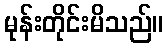
မုန်းတိုင်းမိသည်။